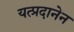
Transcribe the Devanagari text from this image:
यत्प्रदानेन